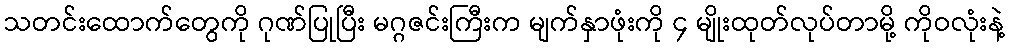
သတင်းထောက်တွေကို ဂုဏ်ပြုပြီး မဂ္ဂဇင်းကြီးက မျက်နှာဖုံးကို ၄ မျိုးထုတ်လုပ်တာမို့ ကိုဝလုံးနဲ့